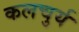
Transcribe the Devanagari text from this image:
कलचुर्य